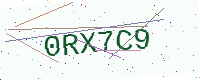
Text: 0RX7C9